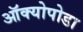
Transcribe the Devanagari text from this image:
ऑक्योपोडा